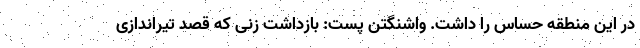
در این منطقه حساس را داشت. واشنگتن پست: بازداشت زنی که قصد تیراندازی